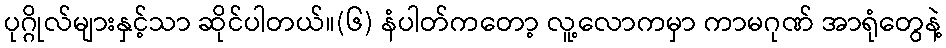
ပုဂ္ဂိုလ်များနှင့်သာ ဆိုင်ပါတယ်။(၆) နံပါတ်ကတော့ လူ့လောကမှာ ကာမဂုဏ် အာရုံတွေနဲ့